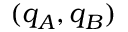
( q _ { A } , q _ { B } )